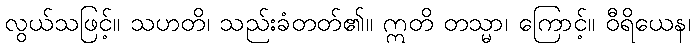
လွယ်သဖြင့်။ သဟတိ၊ သည်းခံတတ်၏။ ဣတိ တသ္မာ၊ ကြောင့်။ ဝီရိယေန၊